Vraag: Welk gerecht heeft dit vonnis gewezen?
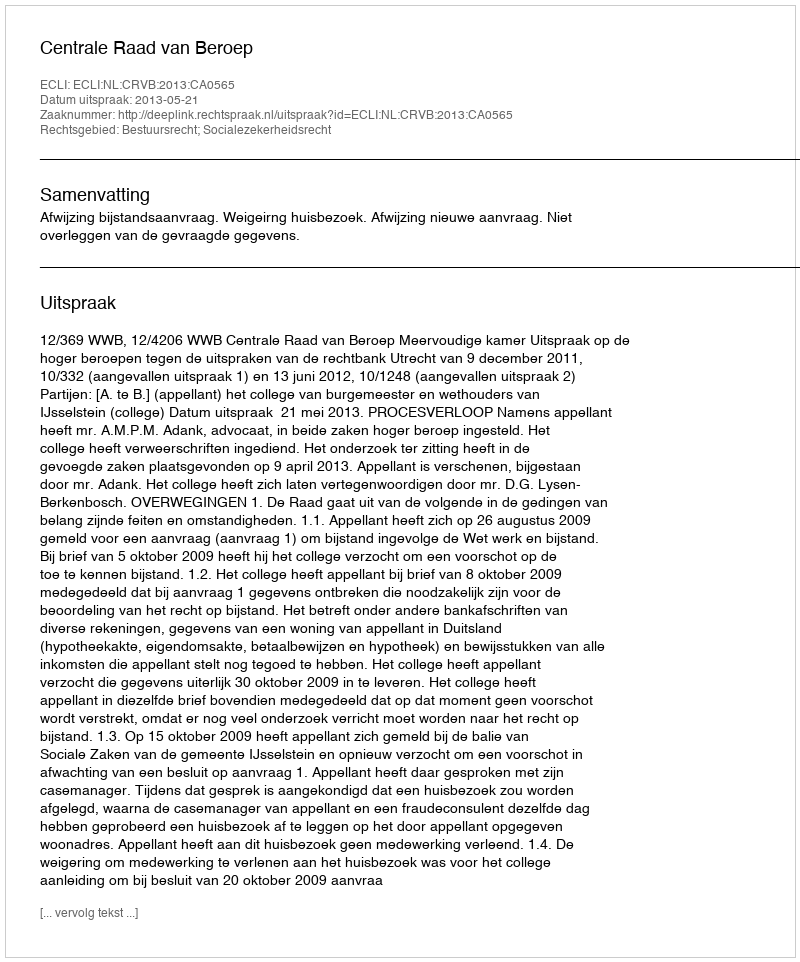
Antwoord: Centrale Raad van Beroep